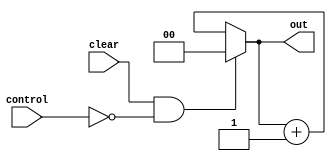
module counter (out, clear, control);
input clear, control;
output [1:0]out;
reg [1:0]out;
always @ (*)
if (clear == 1 && control == 0)
 out=0;
else 
 out=out+1;
endmodule